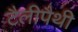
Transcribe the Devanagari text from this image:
टैलीपैथी